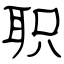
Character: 职